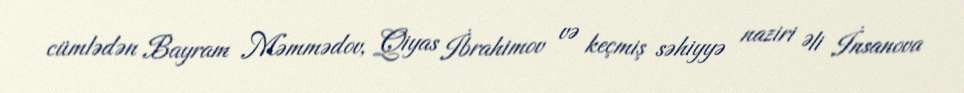
cümlədən Bayram Məmmədov, Qiyas İbrahimov və keçmiş səhiyyə naziri Əli İnsanova